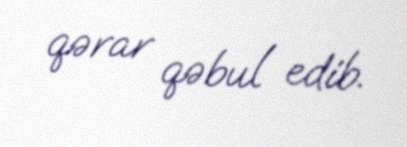
qərar qəbul edib.